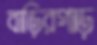
বাড়িরপাড়